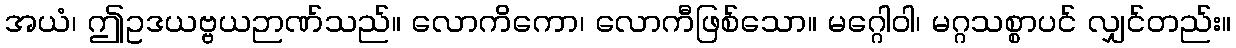
အယံ၊ ဤဥဒယဗ္ဗယဉာဏ်သည်။ လောကိကော၊ လောကီဖြစ်သော။ မဂ္ဂေါဝါ၊ မဂ္ဂသစ္စာပင် လျှင်တည်း။